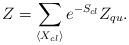
LaTeX: \begin{align*}Z=\sum_{\langle X_{cl} \rangle}e^{-S_{cl}}Z_{qu}.\end{align*}